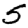
Digit: 5